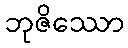
ဘုဇိဿော